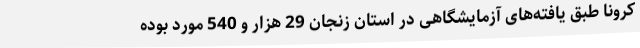
کرونا طبق یافته‌های آزمایشگاهی در استان زنجان 29 هزار و 540 مورد بوده